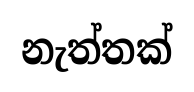
නැත්තක්